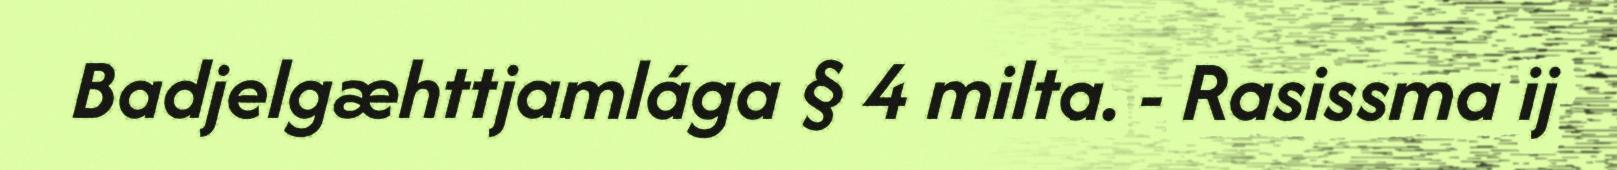
Badjelgæhttjamlága § 4 milta. - Rasissma ij